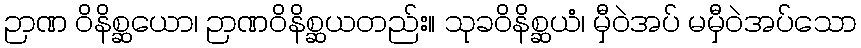
ဉာဏ ဝိနိစ္ဆယော၊ ဉာဏဝိနိစ္ဆယတည်း။ သုခဝိနိစ္ဆယံ၊ မှီဝဲအပ် မမှီဝဲအပ်သော